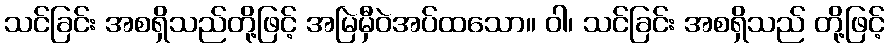
သင်ခြင်း အစရှိသည်တို့ဖြင့် အမြဲမှီဝဲအပ်ထသော။ ဝါ၊ သင်ခြင်း အစရှိသည် တို့ဖြင့်